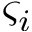
\varsigma _ { i }